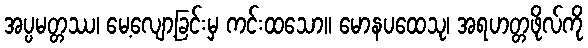
အပ္ပမတ္တဿ၊ မေ့လျော့ခြင်းမှ ကင်းထသော။ မောနပထေသု၊ အရဟတ္တဖိုလ်ကို